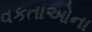
વકતાઓના